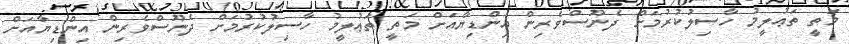
މަތީ ތަޢުލީމު ހާސިލުކުރުމަށް ދެނޫސްވެރިން އިންޑިޔާއަށް މަތީ ތަޢުލީމު ހާސިލުކުރުމަށް ދެނޫސްވެރިން އިންޑިޔާއަށް